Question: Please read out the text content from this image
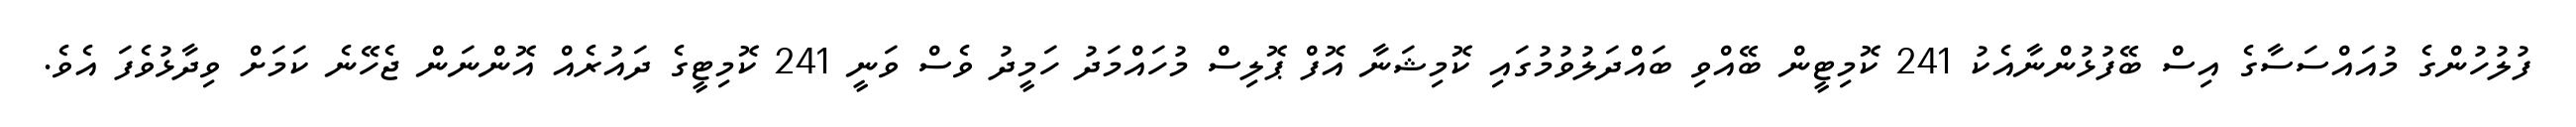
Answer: ފުލުހުންގެ މުއައްސަސާގެ އިސް ބޭފުޅުންނާއެކު 241 ކޮމިޓީން ބޭއްވި ބައްދަލުވުމުގައި ކޮމިޝަނާ އޮފް ޕޮލިސް މުހައްމަދު ހަމީދު ވެސް ވަނީ 241 ކޮމިޓީގެ ދައުރެއް އޮންނަން ޖެހޭނެ ކަމަށް ވިދާޅުވެފަ އެވެ.